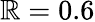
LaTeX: \mathbb{R}=0.6